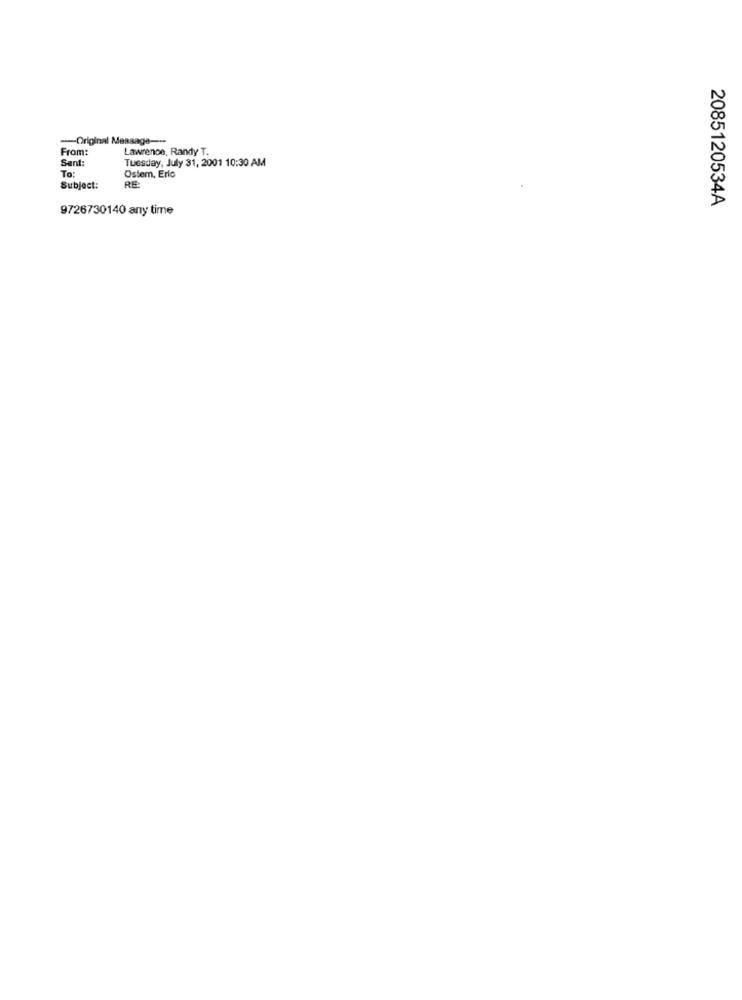
-- Original Message ---
From:
Lawrence, Randy T.
Sent:
Tuesday, July 31, 2001 10:30 AM
To:
Ostem, Erlo
Subject:
RE:
2085120534A
9726730140 any time